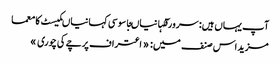
آپ یہاں ہیں: سرورقکہانیاںجاسوسی کہانیاںکیسٹ کا معما
مزید اس صنف میں: « اعتراف	پرچے کی چوری »